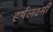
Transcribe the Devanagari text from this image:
हर्षलक्ष्मी